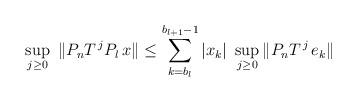
LaTeX: \begin{align*}\sup_{j\ge 0}\ \|P_{n}T^{\,j}P_{l}\,x \|\le \sum_{k=b_{l}}^{b_{l+1}-1}|x_{k}|\ \sup_{j\ge 0}\|P_{n}T^{\,j}\,e_{k}\|\end{align*}